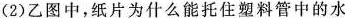
(2)乙图中，纸片为什么能托住塑料管中的水